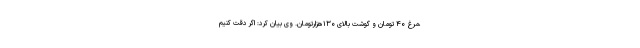
،مرغ ۴۰ تومان و گوشت بالای ۱۳۰هزارتومان. وی بیان کرد: اگر دقت کنیم